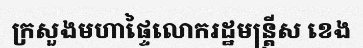
ក្រសួងមហាផ្ទៃលោករដ្ឋមន្ត្រីស ខេង